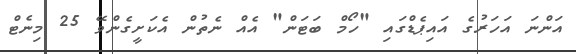
އަންނަ އަހަރުގެ އައިޕެޑްގައި "ހޯމް ބަޓަން" އެއް ނެތުން އެކަށީގެންވޭ 25 މިނެޓް